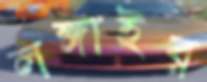
লঙ্গাইর